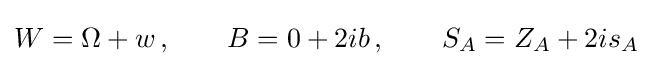
W=\Omega +w\,,\qquad B=0+2ib\,,\qquad S_{A}=Z_{A}+2is_{A}